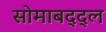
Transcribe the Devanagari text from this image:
सोमाबद्द्ल